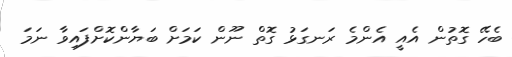
ބެހޭ ގޮތުން އެއީ އެންމެ ރަނގަޅު ގޮތް ނޫން ކަމަށް ބަޔާންކޮށްފައިވާ ނަމަ